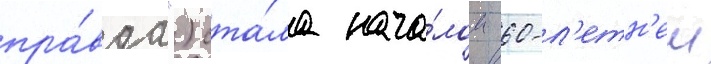
пра́вда") ста́ла нача́лом 60-л'етн'еи